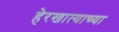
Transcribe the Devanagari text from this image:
हेरखात्याच्या